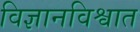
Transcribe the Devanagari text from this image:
विज्ञानविश्वात